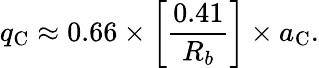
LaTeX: q_{\mathrm{C}}\approx 0.66\times\left[\frac{0.41}{R_{b}}\right]\times a_{\mathrm{C}}.